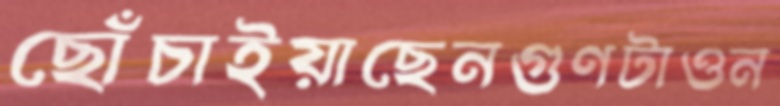
ছোঁচাইয়াছেনগুণটাওন